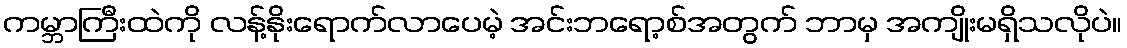
ကမ္ဘာကြီးထဲကို လန့်နိုးရောက်လာပေမဲ့ အင်းဘရော့စ်အတွက် ဘာမှ အကျိုးမရှိသလိုပဲ။